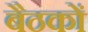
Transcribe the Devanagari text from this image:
बैठकाें